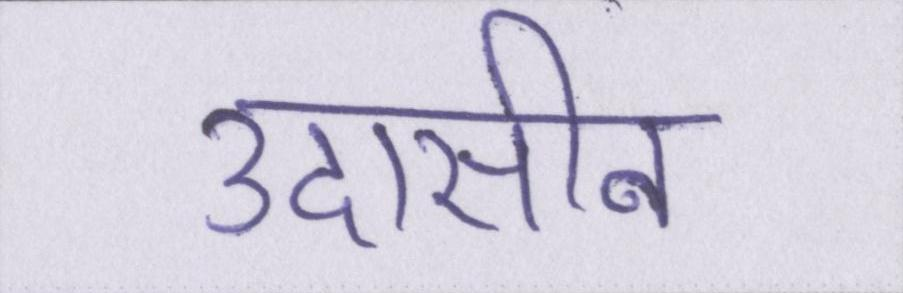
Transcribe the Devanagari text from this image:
उदासीन